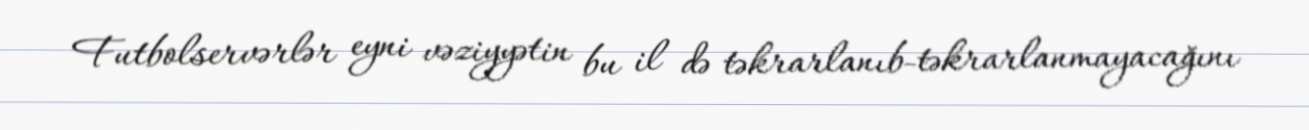
Futbolservərlər eyni vəziyyətin bu il də təkrarlanıb-təkrarlanmayacağını